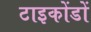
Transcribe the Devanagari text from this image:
टाइकोंडों